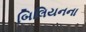
બિલિયનના